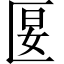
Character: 匽